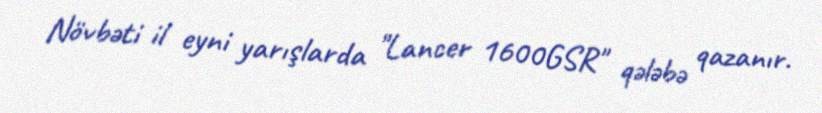
Növbəti il eyni yarışlarda "Lancer 1600GSR" qələbə qazanır.